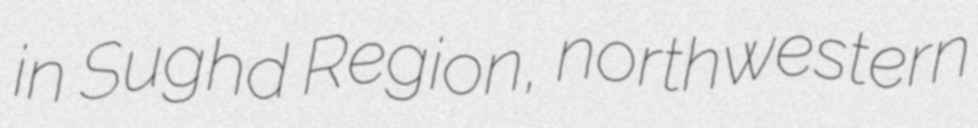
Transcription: in Sughd Region, northwestern